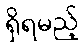
ရှိရမည့်